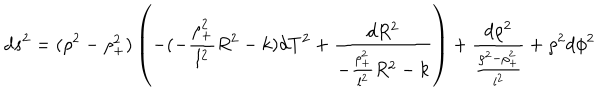
d s ^ { 2 } = ( \rho ^ { 2 } - \rho _ { + } ^ { 2 } ) \left( - ( - \frac { \rho _ { + } ^ { 2 } } { l ^ { 2 } } R ^ { 2 } - k ) d T ^ { 2 } + \frac { d R ^ { 2 } } { - \frac { \rho _ { + } ^ { 2 } } { l ^ { 2 } } R ^ { 2 } - k } \right) + \frac { d \rho ^ { 2 } } { \frac { \rho ^ { 2 } - \rho _ { + } ^ { 2 } } { l ^ { 2 } } } + \rho ^ { 2 } d \phi ^ { 2 }